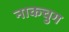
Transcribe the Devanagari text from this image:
नाकचुग